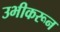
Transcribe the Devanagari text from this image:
उभीकरून